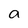
Character: a